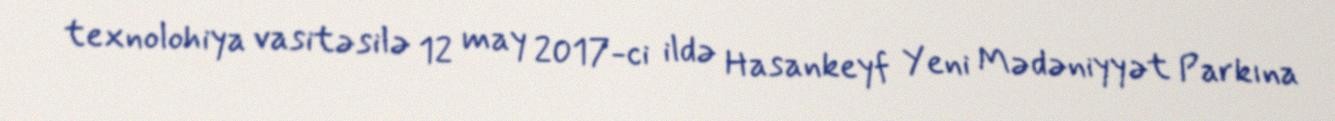
texnolohiya vasitəsilə 12 may 2017-ci ildə Hasankeyf Yeni Mədəniyyət Parkına